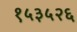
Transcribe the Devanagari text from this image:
१५३५२६